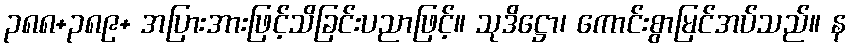
၃၈၈+၃၈၉+ အပြားအားဖြင့်သိခြင်းပညာဖြင့်။ သုဒိဋ္ဌော၊ ကောင်းစွာမြင်အပ်သည်။ န